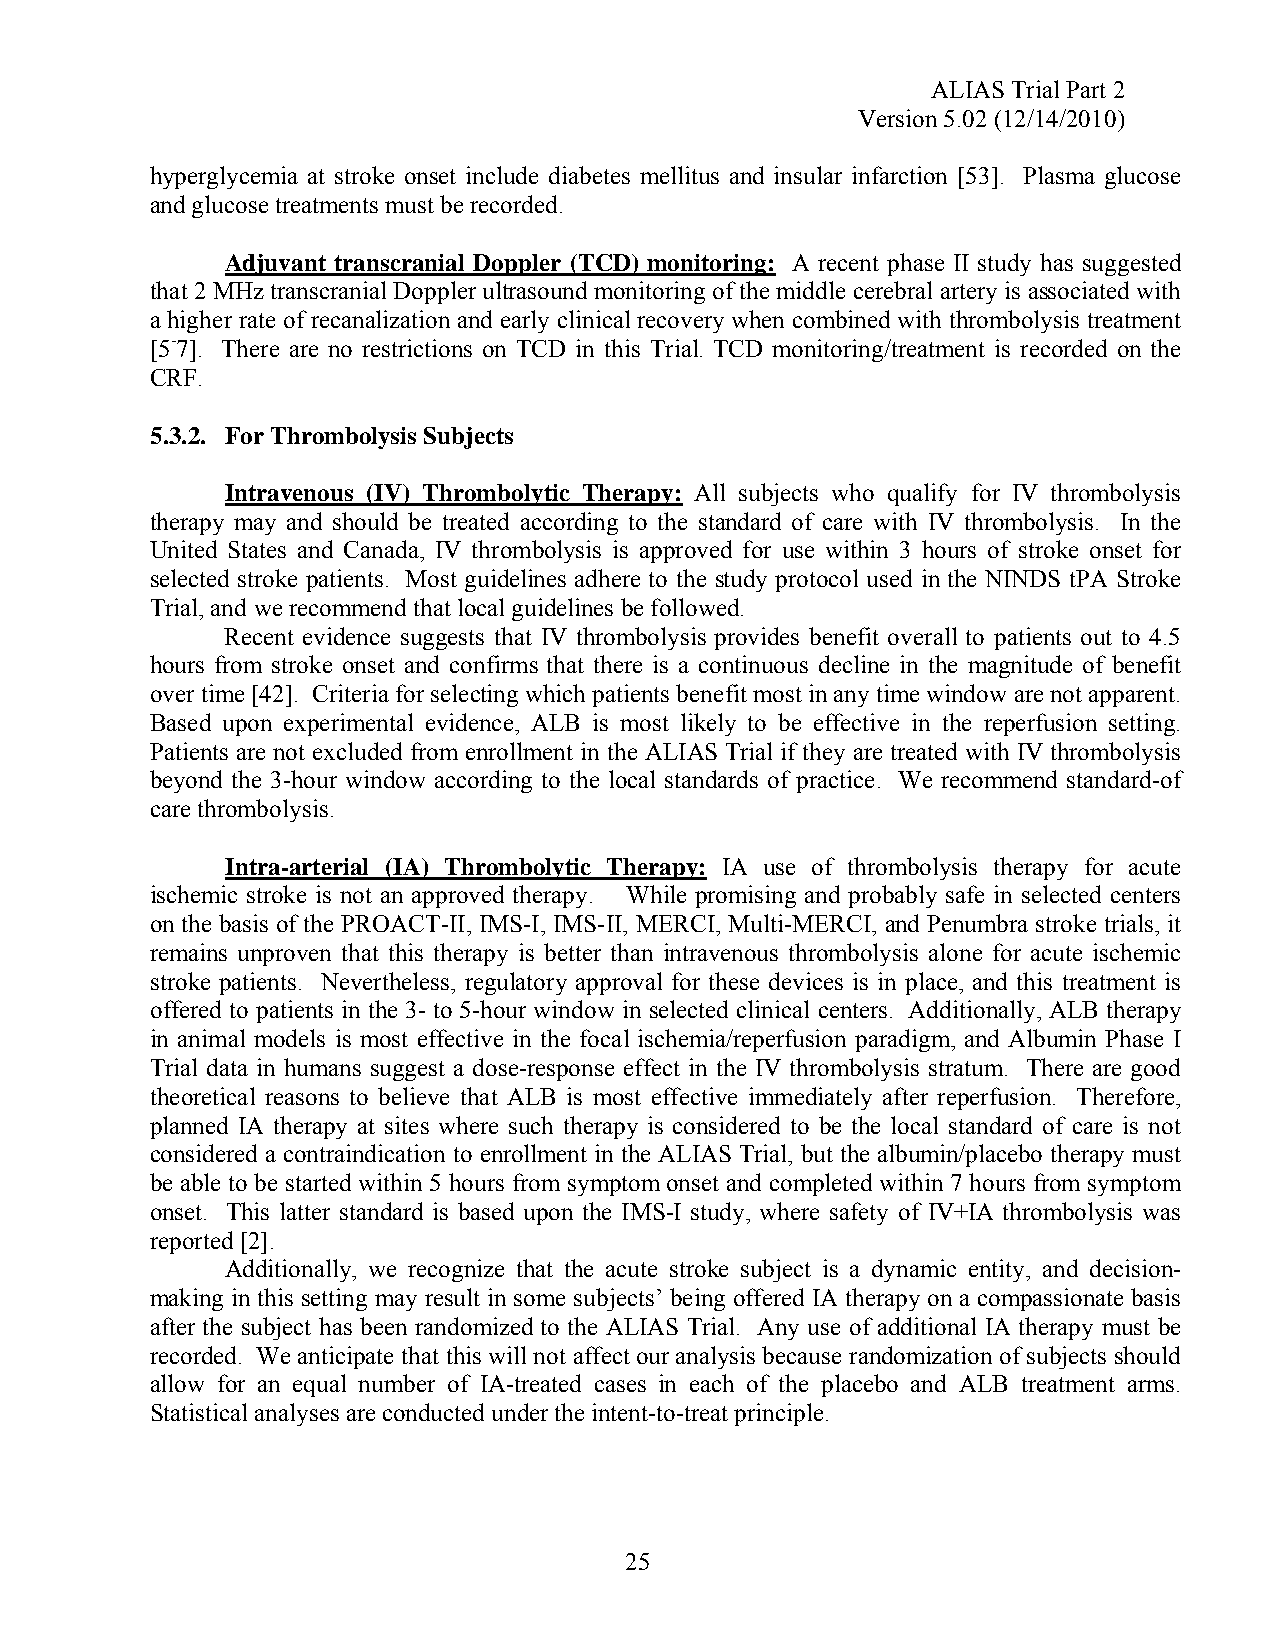
ALIAS Trial Part 2
 Version 5.02 (12/14/2010)
 hyperglycemia at stroke onset include diabetes mellitus and insular infarction [53]. Plasma glucose
 and glucose treatments must be recorded.
 Adjuvant transcranial Doppler (TCD) monitoring: A recent phase II study has suggested
 that 2 MHz transcranial Doppler ultrasound monitoring of the middle cerebral artery is associated with
 a higher rate of recanalization and early clinical recovery when combined with thrombolysis treatment
 [5-7]. There are no restrictions on TCD in this Trial. TCD monitoring/treatment is recorded on the
 CRF.
 5.3.2. For Thrombolysis Subjects
 Intravenous (IV) Thrombolytic Therapy: All subjects who qualify for IV thrombolysis
 therapy may and should be treated according to the standard of care with IV thrombolysis. In the
 United States and Canada, IV thrombolysis is approved for use within 3 hours of stroke onset for
 selected stroke patients. Most guidelines adhere to the study protocol used in the NINDS tPA Stroke
 Trial, and we recommend that local guidelines be followed.
 Recent evidence suggests that IV thrombolysis provides benefit overall to patients out to 4.5
 hours from stroke onset and confirms that there is a continuous decline in the magnitude of benefit
 over time [42]. Criteria for selecting which patients benefit most in any time window are not apparent.
 Based upon experimental evidence, ALB is most likely to be effective in the reperfusion setting.
 Patients are not excluded from enrollment in the ALIAS Trial if they are treated with IV thrombolysis
 beyond the 3-hour window according to the local standards of practice. We recommend standard-of
 care thrombolysis.
 Intra-arterial (IA) Thrombolytic Therapy: IA use of thrombolysis therapy for acute
 ischemic stroke is not an approved therapy. While promising and probably safe in selected centers
 on the basis of the PROACT-II, IMS-I, IMS-II, MERCI, Multi-MERCI, and Penumbra stroke trials, it
 remains unproven that this therapy is better than intravenous thrombolysis alone for acute ischemic
 stroke patients. Nevertheless, regulatory approval for these devices is in place, and this treatment is
 offered to patients in the 3- to 5-hour window in selected clinical centers. Additionally, ALB therapy
 in animal models is most effective in the focal ischemia/reperfusion paradigm, and Albumin Phase I
 Trial data in humans suggest a dose-response effect in the IV thrombolysis stratum. There are good
 theoretical reasons to believe that ALB is most effective immediately after reperfusion. Therefore,
 planned IA therapy at sites where such therapy is considered to be the local standard of care is not
 considered a contraindication to enrollment in the ALIAS Trial, but the albumin/placebo therapy must
 be able to be started within 5 hours from symptom onset and completed within 7 hours from symptom
 onset. This latter standard is based upon the IMS-I study, where safety of IV+IA thrombolysis was
 reported [2].
 Additionally, we recognize that the acute stroke subject is a dynamic entity, and decision-
 making in this setting may result in some subjects’ being offered IA therapy on a compassionate basis
 after the subject has been randomized to the ALIAS Trial. Any use of additional IA therapy must be
 recorded. We anticipate that this will not affect our analysis because randomization of subjects should
 allow for an equal number of IA-treated cases in each of the placebo and ALB treatment arms.
 Statistical analyses are conducted under the intent-to-treat principle.
 25